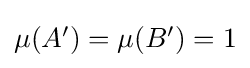
{\textstyle \mu (A')=\mu (B')=1}